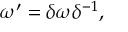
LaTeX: \omega ^ { \prime } = \delta \omega \delta ^ { - 1 } ,